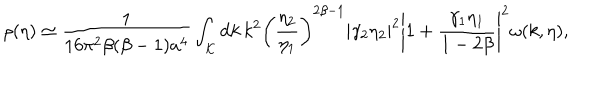
LaTeX: \rho ( \eta ) \simeq \frac { 1 } { 1 6 \pi ^ { 2 } \beta ( \beta - 1 ) a ^ { 4 } } \int _ { \cal K } \mathrm { d } k \, k ^ { 2 } \left( \frac { \eta _ { 2 } } { \eta _ { 1 } } \right) ^ { 2 \beta - 1 } \left| \gamma _ { 2 } \eta _ { 2 } \right| ^ { 2 } \left| 1 + \frac { \gamma _ { 1 } \eta _ { 1 } } { 1 - 2 \beta } \right| ^ { 2 } \omega ( k , \eta ) ,